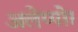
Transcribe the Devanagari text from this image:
अलेप्पो।